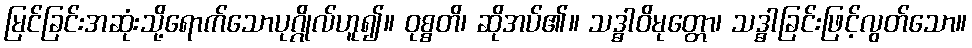
မြင်ခြင်းအဆုံးသို့ရောက်သောပုဂ္ဂိုလ်ဟူ၍။ ဝုစ္စတိ၊ ဆိုအပ်၏။ သဒ္ဓါဝိမုတ္တော၊ သဒ္ဓါခြင်းဖြင့်လွတ်သော။